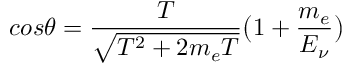
c o s \theta = \frac { T } { \sqrt { T ^ { 2 } + 2 m _ { e } T } } \big ( 1 + \frac { m _ { e } } { E _ { \nu } } \big )